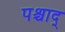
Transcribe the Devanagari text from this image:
पश्चाद्